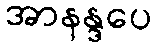
အာနန္ဒပေ